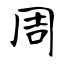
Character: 周